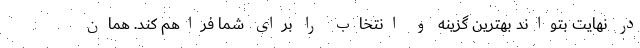
در نهایت بتواند بهترین گزینه و انتخاب را برای شما فراهم کند. همان